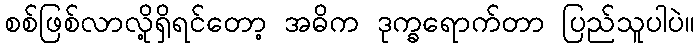
စစ်ဖြစ်လာလို့ရှိရင်တော့ အဓိက ဒုက္ခရောက်တာ ပြည်သူပါပဲ။